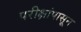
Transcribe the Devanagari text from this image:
परीक्षांपासून